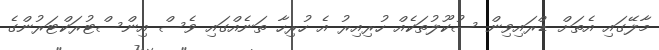
މާލޭގައި އެތަށް ޑްރައިވިން ސުކޫލުތަކެއް ހުރިއިރު އެ ހުރިހާ ތަނެއްގައި ވެސް އިންސްޓުރަކްޓަރުންގެ